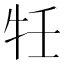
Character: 𭷗